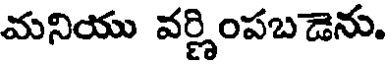
మనియు వర్ణింపబడెను.